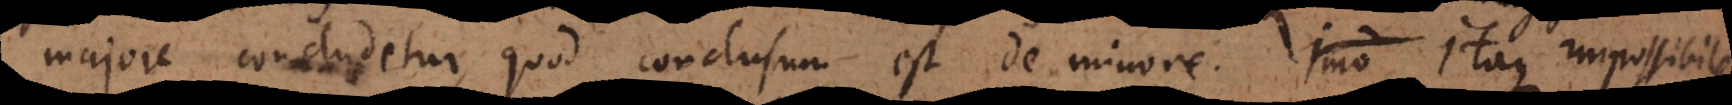
majore concludetur, quod conclusum est de minore. Itaque impossibile